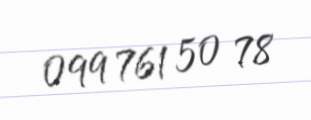
099 761 50 78